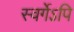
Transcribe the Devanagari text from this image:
स्वर्गेऽपि